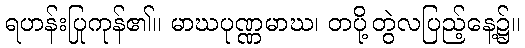
ရဟန်းပြုကုန်၏။ မာဃပုဏ္ဏမာဃ၊ တပို့တွဲလပြည့်နေ့၌။